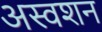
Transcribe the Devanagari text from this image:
अस्वशन